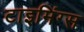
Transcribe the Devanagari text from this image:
टाइमिंग्स